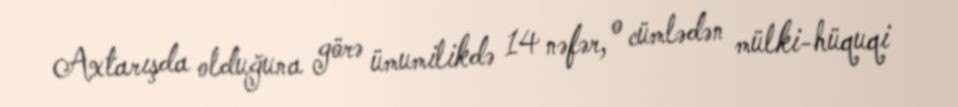
Axtarışda olduğuna görə ümumilikdə 14 nəfər, o cümlədən mülki-hüquqi